Indian journal of veterinary science and animal husbandry - Volumes 18-21, 1948-1951
Year: 1948
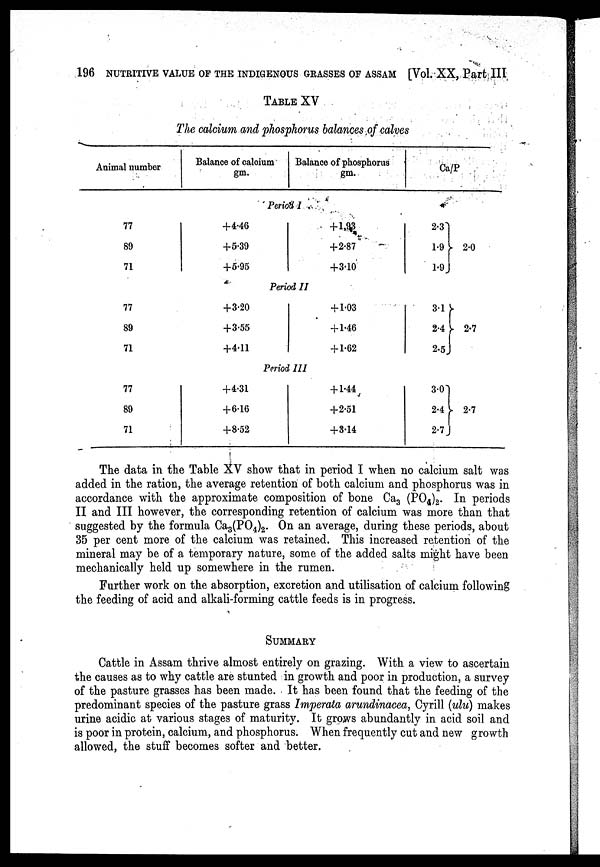
196 NUTRITIVE VALUE OF THE INDIGENOUS GRASSES OF ASSAM [Vol. XX, Part III
TABLE XV
The calcium and phosphorus balances of calves
Animal number
Balance of calcium
gm.
Balance of phosphorus
gm.
Ca/P
Period I
77
89
71
+4.46
+5.39
+5.95
+1.93
+2.87
+3.10
2.3
1.9
1.9
2.0
Period II
77
89
71
+3.20
+3.55
+4.11
+ 1.03
+ 1.46
+ 1.62
3.1
2.4
2.5
2.7
Period III
77
89
71
+4.31
+ 6.16
+ 8.52
+1.44
+2.51
+3.14
3.0
2.4
2.7
2.7
The data in the Table XV show that in period I when no calcium salt was
added in the ration, the average retention of both calcium and phosphorus was in
accordance with the approximate composition of bone Ca 3 (PO 4 ) 2 . In periods
II and III however, the corresponding retention of calcium was more than that
suggested by the formula Ca 3 (PO 4 ) 2 . On an average, during these periods, about
35 per cent more of the calcium was retained. This increased retention of the
mineral may be of a temporary nature, some of the added salts might have been
mechanically held up somewhere in the rumen.
Further work on the absorption, excretion and utilisation of calcium following
the feeding of acid and alkali-forming cattle feeds is in progress.
SUMMARY
Cattle in Assam thrive almost entirely on grazing. With a view to ascertain
the causes as to why cattle are stunted in growth and poor in production, a survey
of the pasture grasses has been made. It has been found that the feeding of the
predominant species of the pasture grass Imperata arundinacea, Cyrill (ulu) makes
urine acidic at various stages of maturity. It grows abundantly in acid soil and
is poor in protein, calcium, and phosphorus. When frequently cut and new growth
allowed, the stuff becomes softer and better.